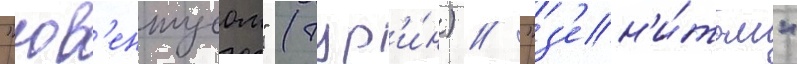
"юв'ентусом" (тур'и́н) / "з'ен'и́том"